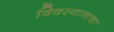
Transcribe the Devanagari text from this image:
विवस्वानाचा